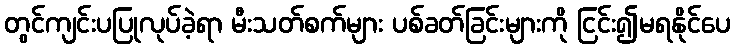
တွင်ကျင်းပပြုလုပ်ခဲ့ရာ မီးသတ်စက်များ ပစ်ခတ်ခြင်းများကို ငြင်း၍မရနိုင်ပေ